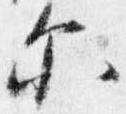
示